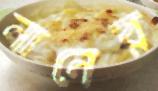
নানের